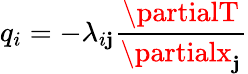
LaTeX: q_{i}=-\lambda_{i\mathbf{j}}{\frac{{\partialT}}{{\partialx_{\mathbf{j}}}}}